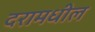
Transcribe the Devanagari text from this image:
दरामधील